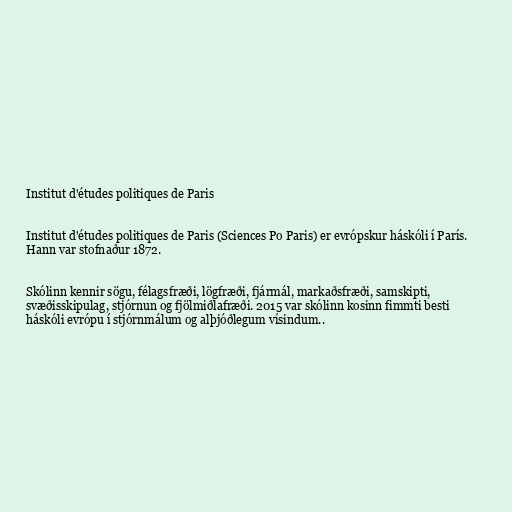
Institut d'études politiques de Paris

Institut d'études politiques de Paris (Sciences Po Paris) er evrópskur háskóli í París.
Hann var stofnaður 1872.

Skólinn kennir sögu, félagsfræði, lögfræði, fjármál, markaðsfræði, samskipti,
svæðisskipulag, stjórnun og fjölmiðlafræði. 2015 var skólinn kosinn fimmti besti
háskóli evrópu í stjórnmálum og alþjóðlegum vísindum..